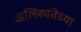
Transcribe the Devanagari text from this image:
अलिकांतेच्या